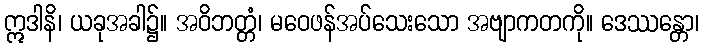
ဣဒါနိ၊ ယခုအခါ၌။ အဝိဘတ္တံ၊ မဝေဖန်အပ်သေးသော အဗျာကတကို။ ဒေဿန္တော၊